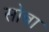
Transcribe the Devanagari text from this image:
सोबा